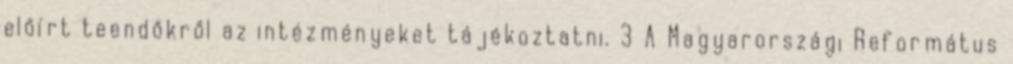
előírt teendőkről az intézményeket tájékoztatni. 3 A Magyarországi Református